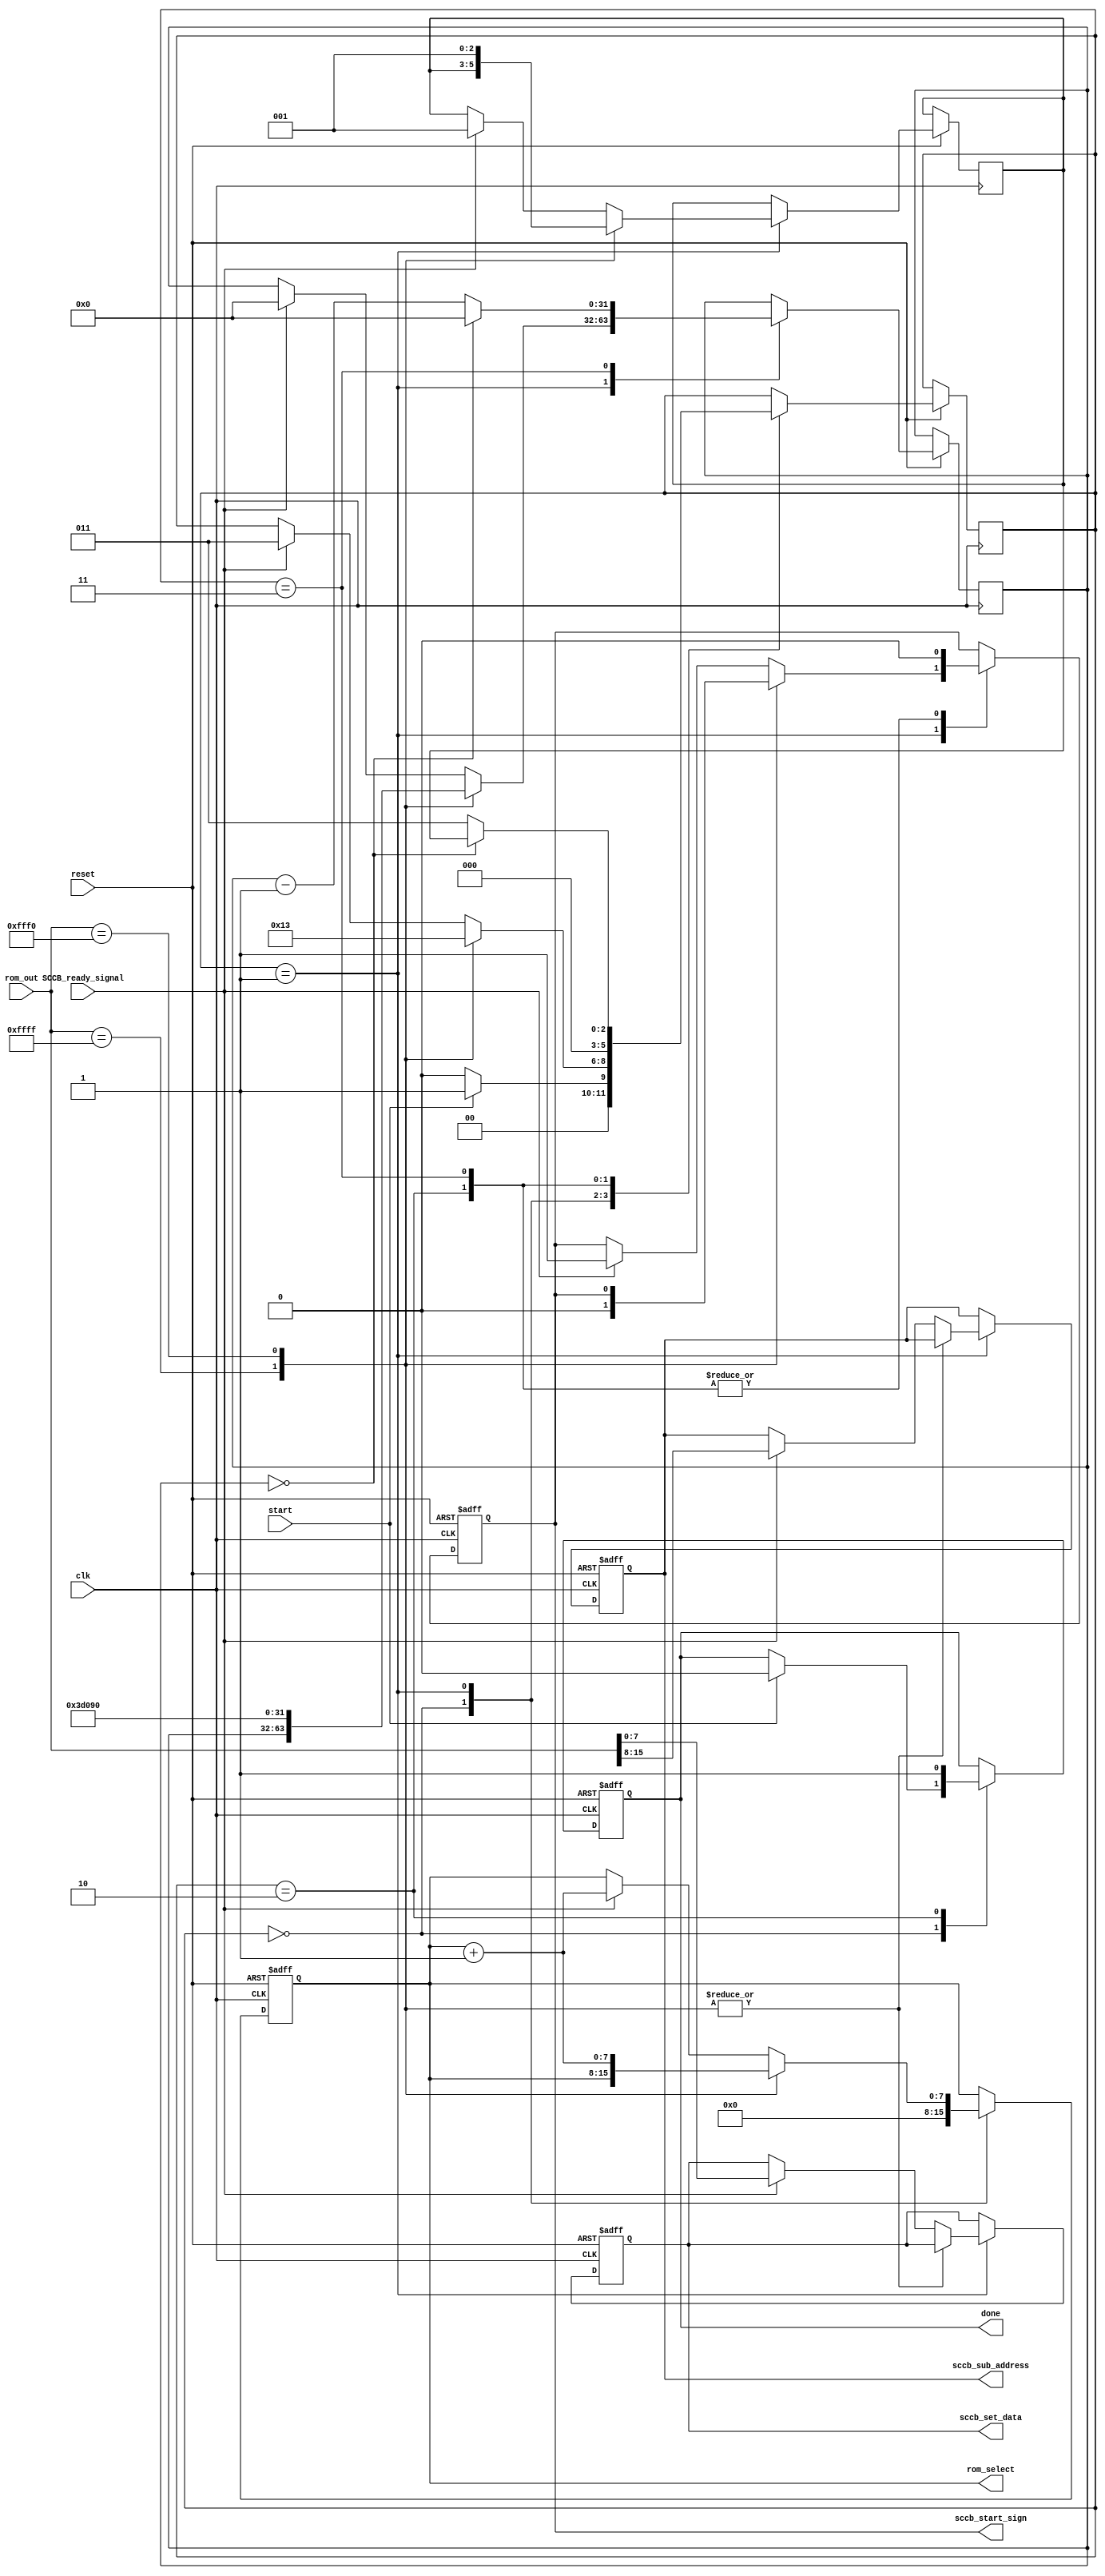
`timescale 1ns/1ns
// control OV7670 SCCB setup
// get sub address and values from ov7670_setup_rom
// change funcation setting sub address
// input rom output subaddr+values -->2 output: sub addr and values 
module ov767_setup 
# (parameter INPUT_CLK_FREQ = 25000000)
(
input wire clk,               //  system operation clock, ex. 25MHz
input wire reset,
input wire SCCB_ready_signal,  // check sccb ready for work
input wire [15:0] rom_out,   // get form ov7670 ROM database
input wire start,            // start working signal
output wire [7:0] rom_select, // get sub addr & values from ROM
output wire done,             // feedback setup finished
output wire [7:0] sccb_sub_address,  // to sccb control
output wire [7:0] sccb_set_data,     // to sccb control
output wire sccb_start_sign          // to sccb control
);

reg [2:0] OV7670_SETUP_FSM_state = 0;
reg [2:0] FSM_return_state = 0;
reg [31:0] timer = 0;
reg [7:0] rom_select_reg;
reg done_reg;
reg [7:0] sccb_sub_address_reg;
reg [7:0] sccb_set_data_reg;
reg sccb_start_sign_reg;

assign done = done_reg;
assign rom_select = rom_select_reg;
assign sccb_sub_address = sccb_sub_address_reg;
assign sccb_set_data = sccb_set_data_reg;
assign sccb_start_sign = sccb_start_sign_reg;

// initial begin
//     // set initial output values
//     rom_select_reg = 0;  // rom select 0,1,2....
//     done_reg = 0;
//     sccb_sub_address_reg = 0;
//     sccb_set_data_reg = 0;
//     sccb_start_sign_reg = 0;  // sccb wait for start signal
// end

// define FSM Stat
localparam FSM_IDLE = 0;
localparam FSM_SEND = 1;
localparam FSM_DONE = 2;
localparam FSM_TIMER = 3;

always @(posedge clk or negedge reset) begin
    if (!reset) begin
        // set initial output values
        rom_select_reg <= 0;  // rom select 0,1,2....
        done_reg <= 0;
        sccb_sub_address_reg <= 0;
        sccb_set_data_reg <= 0;
        sccb_start_sign_reg <= 0;  // sccb wait for start signal
    end
    else begin
        case (OV7670_SETUP_FSM_state) 

            FSM_IDLE: begin
                OV7670_SETUP_FSM_state <= #1 start ? FSM_SEND : FSM_IDLE;
                rom_select_reg <= #1 0;
                done_reg <= start ? 0 : done_reg;  // if start working, setup module busy
            end

            FSM_SEND: begin
                // check rom select: decide normal, delay, or end job
                case (rom_out)

                    16'hFFFF: begin
                        // recive final ending singal form ROM: 16'hFFFF
                        // to finish setup
                        OV7670_SETUP_FSM_state <= #1 FSM_DONE;    
                        sccb_start_sign_reg <= #1 0;                
                    end

                    16'hFFF0:  begin
                        // delay signal: 16'hFFF0, delay after inital
                        //10 ms delay
                        
                        timer <= #1 (INPUT_CLK_FREQ / 100); // normal setting
                        //timer <= #1 1; // test seeting

                        OV7670_SETUP_FSM_state <= #1 FSM_TIMER;
                        FSM_return_state <= #1 FSM_SEND;
                        rom_select_reg <= #1 rom_select_reg + 1;                        
                    end

                    default: begin
                        // normal sccb process 
                        if (SCCB_ready_signal) begin
                            // wait until sccb ready or finish previous job
                            // set new job to sccb 
                            // when 
                            // ready = 1, change data
                            // ready = 0, hold the data
                            OV7670_SETUP_FSM_state <= #1 FSM_TIMER;
                            FSM_return_state <= #1 FSM_SEND;
                            timer <= 0;  // one cycle delay
                            rom_select_reg <= #1 rom_select_reg + 1;
                            // rom_out = {sub_address, set_data}
                            sccb_sub_address_reg <= #1 rom_out[15:8];  // sub_address
                            sccb_set_data_reg <= #1 rom_out[7:0];      // set_data
                            sccb_start_sign_reg <= #1 1;  // control sccb to strat
                        end
                        // if  SCCB_ready_signal = 0, wait
                    end
                endcase
            end

            FSM_DONE: begin
                // output finish signal
                // return to idle state
                OV7670_SETUP_FSM_state <= #1 FSM_IDLE;
                done_reg <= #1 1;
                sccb_start_sign_reg <= #1 0;
            end

            FSM_TIMER: begin
                // Timer count
                OV7670_SETUP_FSM_state <= #1 (timer == 0) ? FSM_return_state : FSM_TIMER;
                timer <= #1 (timer == 0) ? 0 : timer - 1;
                sccb_start_sign_reg <= #1 0;  // let SCCB wait
            end
        endcase
    end
end

endmodule